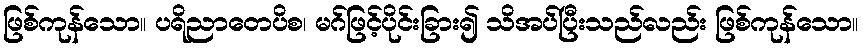
ဖြစ်ကုန်သော။ ပရိညာတေပိစ၊ မဂ်ဖြင့်ပိုင်းခြား၍ သိအပ်ပြီးသည်လည်း ဖြစ်ကုန်သော။